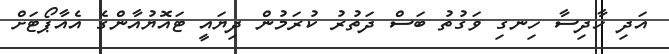
އަދި ހާދިސާ ހިނގި ވަގުތު ބަސް ދަތުރު ކުރަމުން ދިޔައީ ޓައޮޔުއާންގެ އެއާޕޯޓަށް